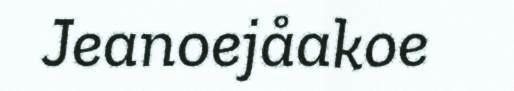
Jeanoejåakoe